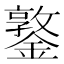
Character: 鐜